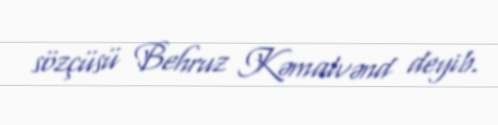
sözçüsü Behruz Kəmalvənd deyib.